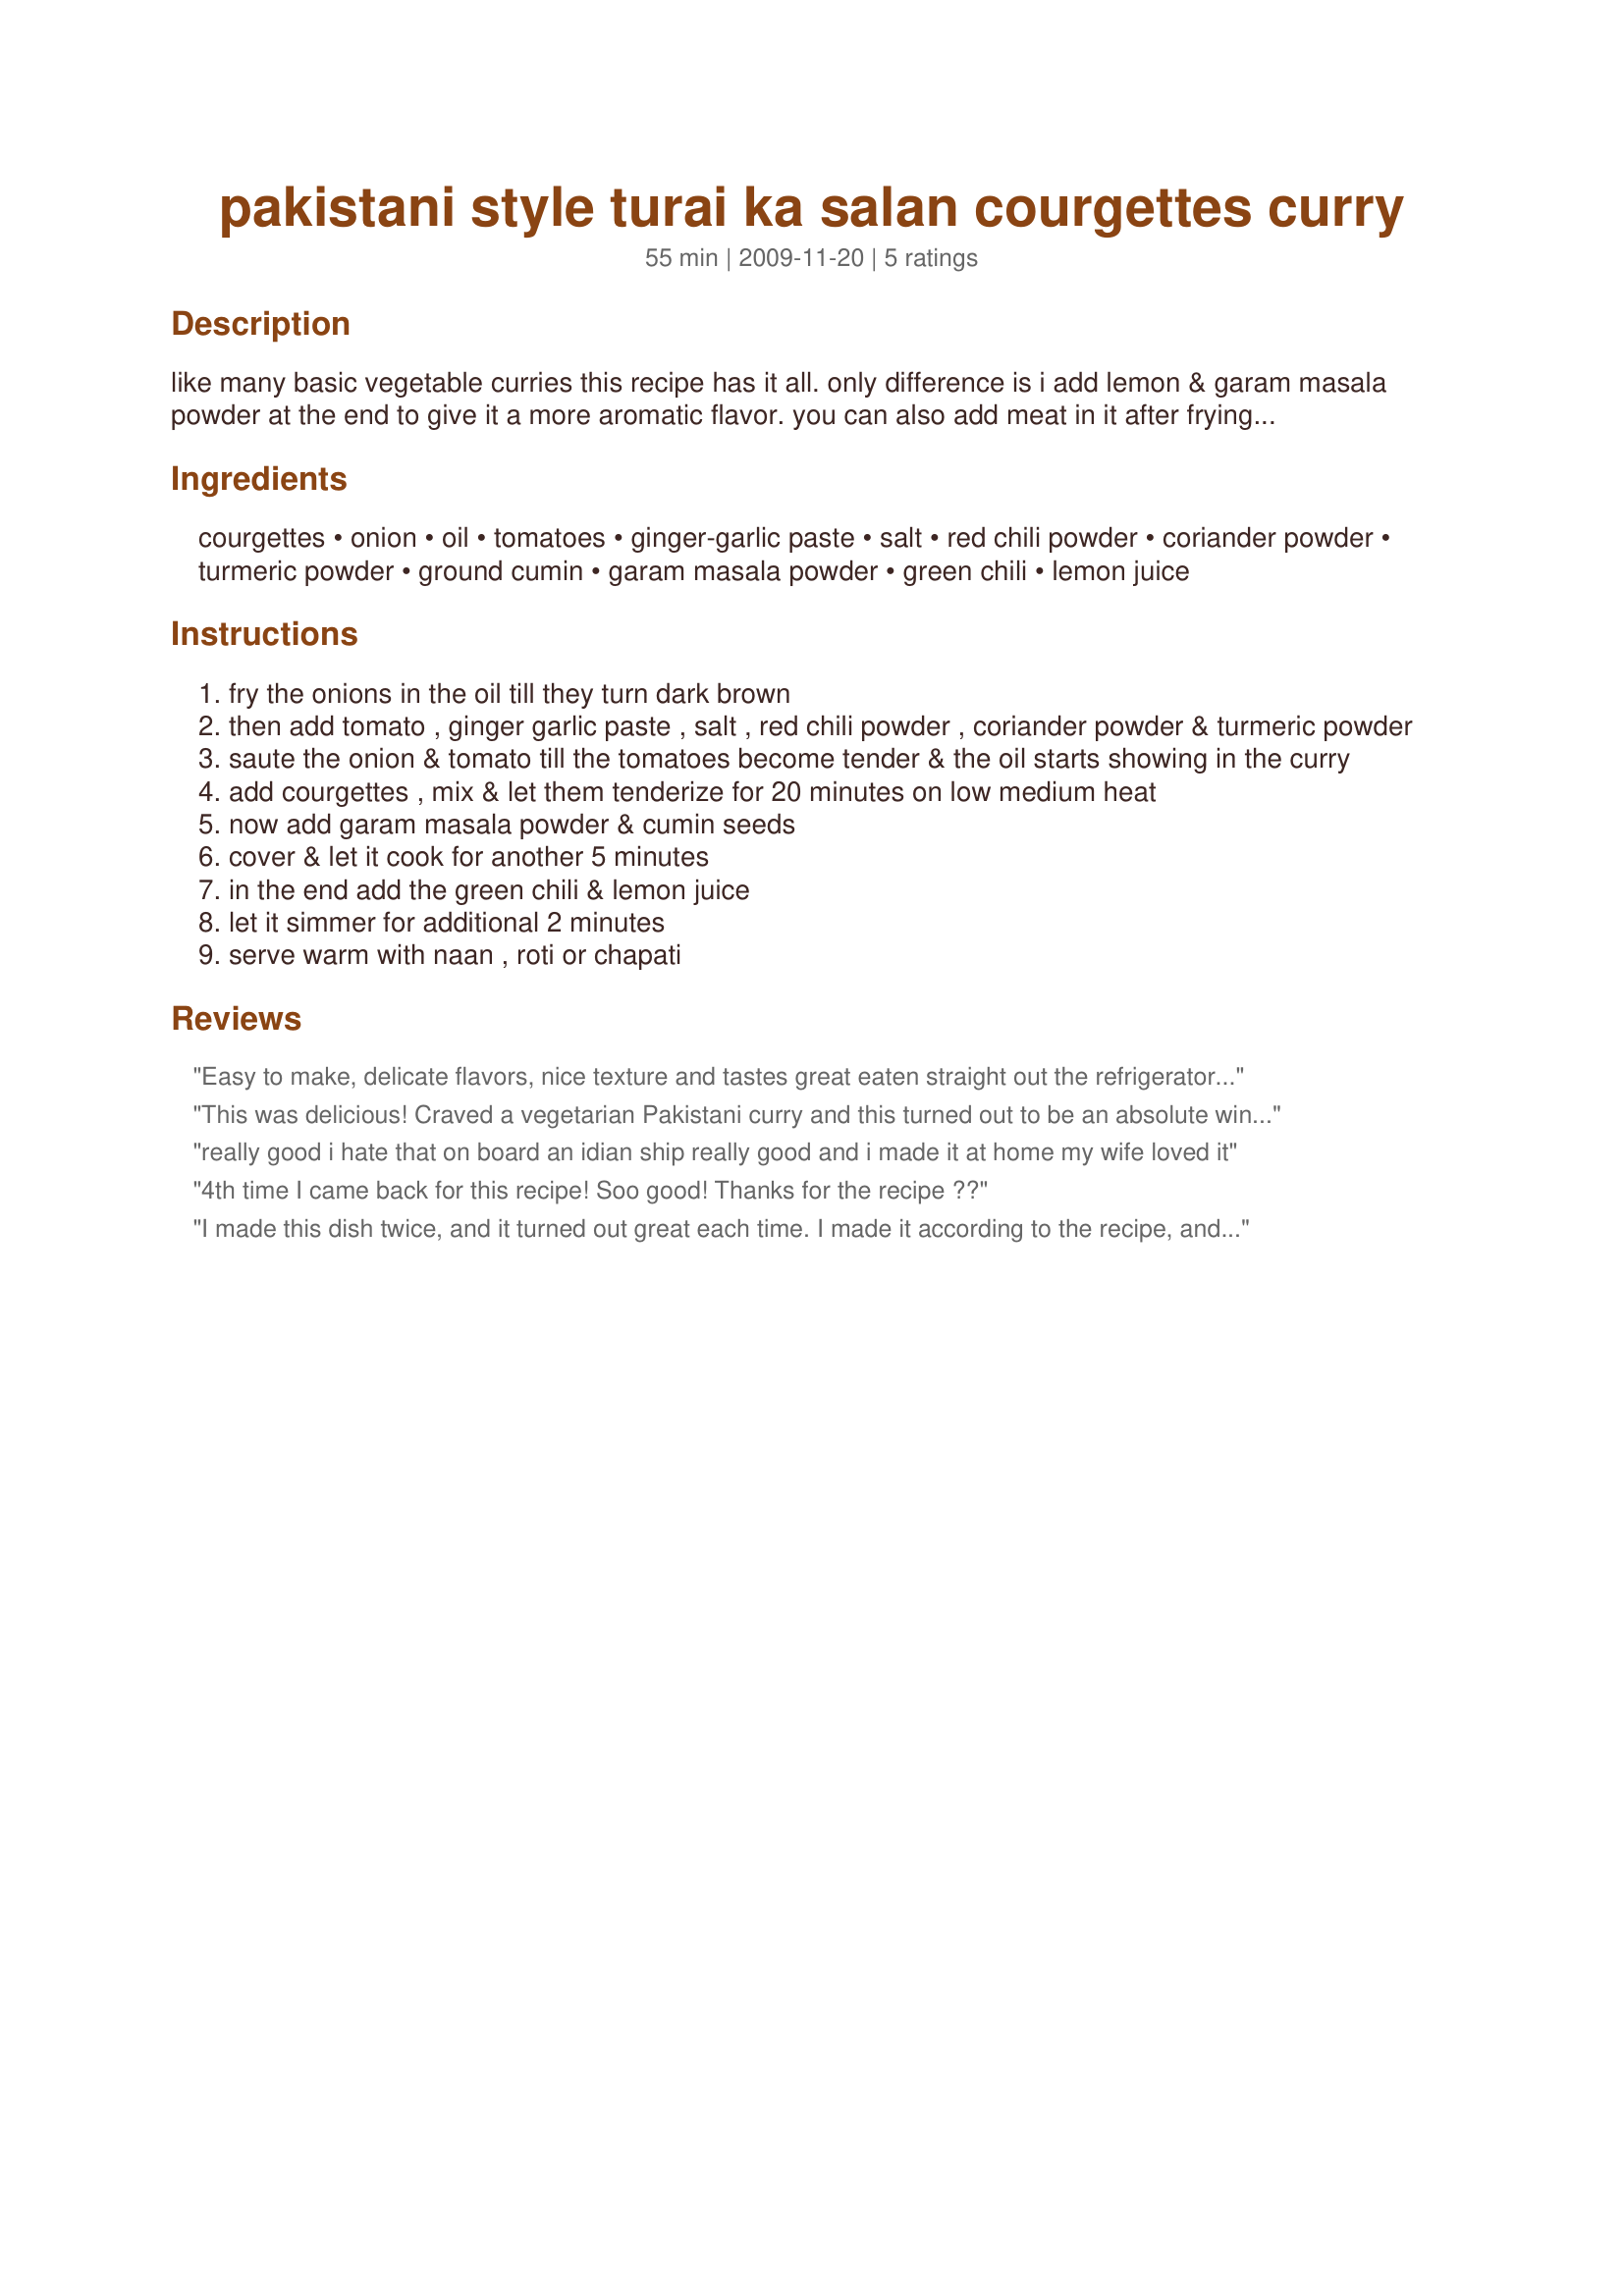
pakistani style turai ka salan courgettes curry
Preparation time: 55 minutes

like many basic vegetable curries this recipe has it all. only difference is i add lemon & garam masala powder at the end to give it a more aromatic flavor. you can also add meat in it after frying the onions & cook the meat along with tomatoes & spices till it gets done. then add courgettes & follow the rest of the recipe.

Ingredients:
courgettes, onion, oil, tomatoes, ginger-garlic paste, salt, red chili powder, coriander powder, turmeric powder, ground cumin, garam masala powder, green chili, lemon juice

Steps:
fry the onions in the oil till they turn dark brown
then add tomato , ginger garlic paste , salt , red chili powder , coriander powder & turmeric powder
saute the onion & tomato till the tomatoes become tender & the oil starts showing in the curry
add courgettes , mix & let them tenderize for 20 minutes on low medium heat
now add garam masala powder & cumin seeds
cover & let it cook for another 5 minutes
in the end add the green chili & lemon juice
let it simmer for additional 2 minutes
serve warm with naan , roti or chapati

Reviews:
Easy to make, delicate flavors, nice texture and tastes great eaten straight out the refrigerator even after a few days storage.
This was delicious! Craved a vegetarian Pakistani curry and this turned out to be an absolute winner. DH, who traditionally prefers meat curries, totally loved it. Before I could make the suggestion, he said this curry was going to stay on our menu for future lunches/dinners. Bint e Naeem, I can?t thank you enough for sharing. Look forward to more winning recipes from you!

I doubled the recipe, so:

I made it out of 3 zucchinis, but would make it out of 4 next time. The zucchinis when cooked do shrink in size and integrate into the curry.
2 medium onions
1 large tomato (or 2 small ones)
salt remains the same (1 teaspoon)
I kept the chilli powder at &frac12; teaspoon as well
1 teaspoon coriander powder
Bit more than &frac14; teaspoon haldi powder
&frac12; teaspoon ground cumin
Kept the garam masala same at a good half teaspoonful
Green chilli was also kept at 1 (long slit)
Same with 3-4 drops of lemon juice
I also added &frac12; teaspoon brown sugar

3 zucchinis would serve 3 and 4 would serve 4, methinks.
really good i hate that on board an idian ship really good and i made it at home my wife loved it
4th time I came back for this recipe! Soo good! Thanks for the recipe ??
I made this dish twice, and it turned out great each time. I made it according to the recipe, and it was just enough for my husband and me. The next time I doubled the recipe so we could have leftovers. This is great with paratha or rice. I will definitely make this often.
